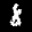
Label: 8